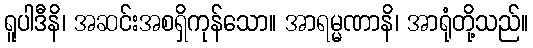
ရူပါဒီနိ၊ အဆင်းအစရှိကုန်သော။ အာရမ္မဏာနိ၊ အာရုံတို့သည်။